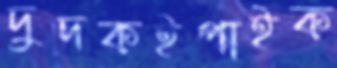
দুদকইপাইক